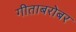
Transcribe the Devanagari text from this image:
गीताबरोबर